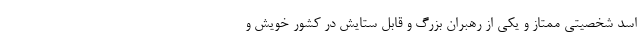
اسد شخصیتی ممتاز و یکی از رهبران بزرگ و قابل ستایش در کشور خویش و